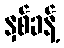
နှစ်ခန့်